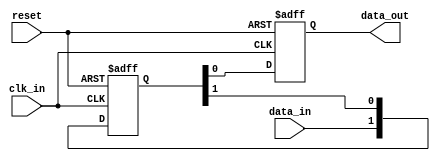
module two_flop_synchronizer (
    input wire clk_in,     // Input clock signal
    input wire reset,      // Reset signal
    input wire data_in,    // Input data signal
    output reg data_out    // Synchronized output data signal
);

reg [1:0] capture_reg; // Capture flip-flop
reg [1:0] release_reg; // Release flip-flop

// Capture flip-flop
always @(posedge clk_in or posedge reset) begin
    if (reset) begin
        capture_reg <= 2'b00;
    end else begin
        capture_reg <= {data_in, capture_reg[1]};
    end
end

// Release flip-flop
always @(posedge clk_in or posedge reset) begin
    if (reset) begin
        release_reg <= 2'b00;
    end else begin
        release_reg <= capture_reg;
    end
end

assign data_out = release_reg[0]; // Synchronized output data

endmodule